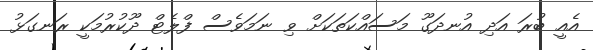
އެއީ ބުރަ އަދި އުނދަގޫ މަސައްކަތަކަށް ވި ނަމަވެސް ފްލެޓް ދޫކުރުމަކީ ރަނގަޅު